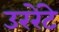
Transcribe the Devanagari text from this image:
उररेंटे